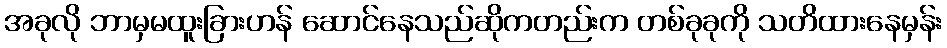
အခုလို ဘာမှမထူးခြားဟန် ဆောင်နေသည်ဆိုကတည်းက တစ်ခုခုကို သတိထားနေမှန်း